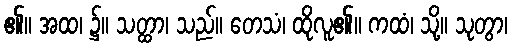
၏။ အထ၊ ၌။ သတ္ထာ၊ သည်။ တေသံ၊ ထိုလူ၏။ ကထံ၊ သို့။ သုတွာ၊